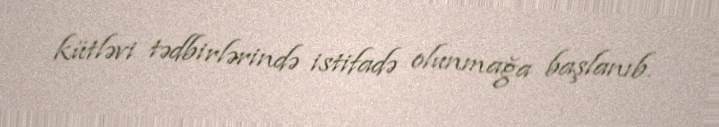
kütləvi tədbirlərində istifadə olunmağa başlanıb.